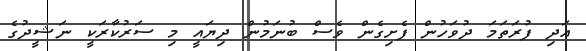
އަދި ފުރަތަމަ ދުވަހުން ފެށިގެން ވެސް ބުނަމުން ދިޔައީ މި ސަރުކާރަކީ ނަޝީދުގެ